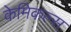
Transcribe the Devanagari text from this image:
केमिकल्‍स